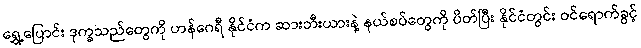
ရွှေ့ပြောင်း ဒုက္ခသည်တွေကို ဟန်ဂေရီ နိုင်ငံက ဆားဘီးယားနဲ့ နယ်စပ်တွေကို ပိတ်ပြီး နိုင်ငံတွင်း ဝင်ရောက်ခွင့်